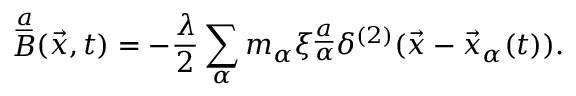
\mathop { B } ^ { \underline { { { a } } } } ( \vec { x } , t ) = - { \frac { \lambda } { 2 } } \sum _ { \alpha } m _ { \alpha } \xi _ { \alpha } ^ { \underline { { { a } } } } \delta ^ { ( 2 ) } ( \vec { x } - \vec { x } _ { \alpha } ( t ) ) .